Report of the veterinary officer investigating camel disease
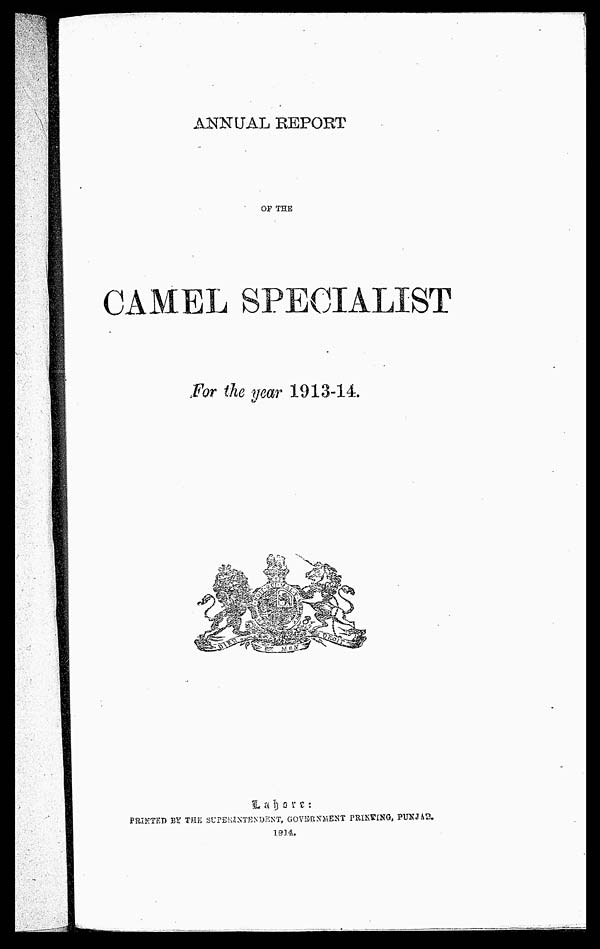
ANNUAL REPORT
OF THE
CAMEL SPECIALIST
For the year 1913-14.
Lahore:
PRINTED BY THE SUPERINTENDENT, GOVERNMENT PRITING, PUNJAB.
1814.